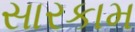
સારકામ